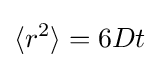
\langle r^{2}\rangle =6Dt